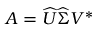
A = { \widehat { U } } { \widehat { \Sigma } } V ^ { \ast }